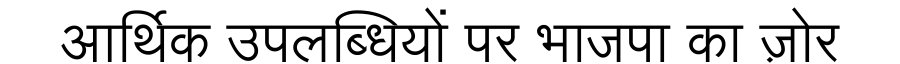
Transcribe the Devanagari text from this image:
आर्थिक उपलब्धियों पर भाजपा का ज़ोर